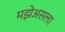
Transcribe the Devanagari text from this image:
मझेअसला